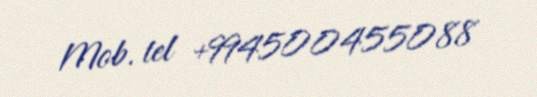
Mob. tel +994500455088